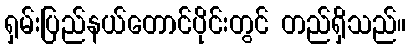
ရှမ်းပြည်နယ်တောင်ပိုင်းတွင် တည်ရှိသည်။